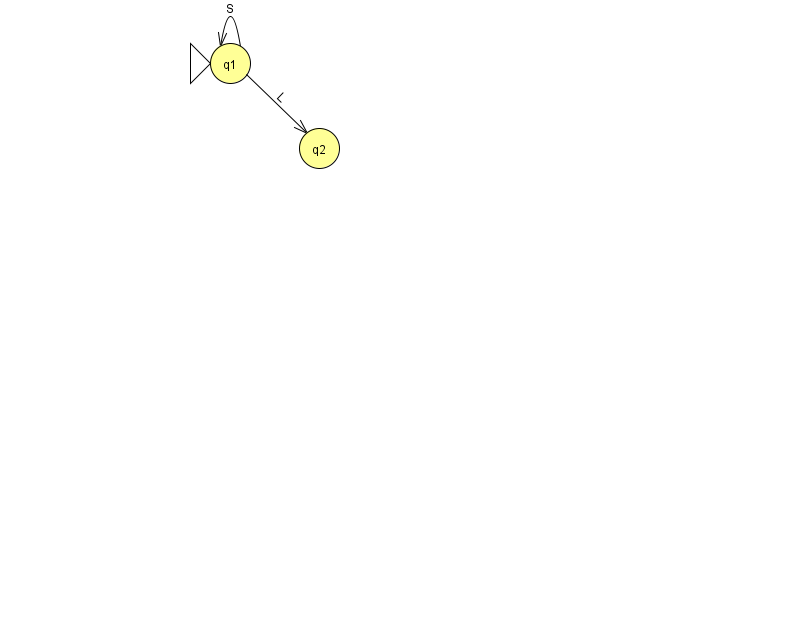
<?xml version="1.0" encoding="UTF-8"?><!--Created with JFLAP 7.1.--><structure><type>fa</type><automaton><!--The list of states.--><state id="1" name="q1"><x>230.0</x><y>50.0</y><initial/></state><state id="2" name="q2"><x>319.0</x><y>135.0</y></state><!--The list of transitions.--><transition><from>1</from><to>1</to><read>S</read></transition><transition><from>1</from><to>2</to><read>L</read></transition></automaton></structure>